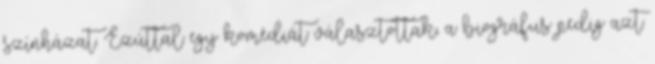
színházat. Ezúttal egy komédiát választottak, a biográfus pedig azt